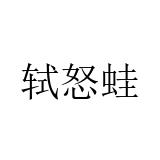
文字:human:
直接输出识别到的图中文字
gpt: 轼怒蛙